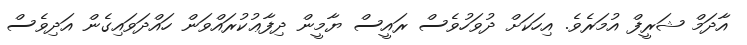
އާދަމް ޝަރީފް އުމަރެވެ. އިހަކަށް ދުވަހުވެސް ރައީސް ޔާމީން ދިފާޢުކުރައްވަން ހައްދަވައިގެން އަދިވެސް